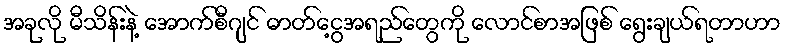
အခုလို မီသိန်းနဲ့ အောက်စီဂျင် ဓာတ်ငွေ့အရည်တွေကို လောင်စာအဖြစ် ရွေးချယ်ရတာဟာ